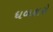
ધબકારો